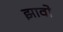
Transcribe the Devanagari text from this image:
झावो